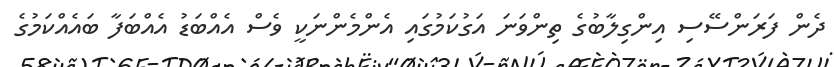
ދެން ފަރަންސޭސި އިންގިލާބުގެ ތިންވަނަ އަގުކަމުގައި އެންމެންނަކީ ވެސް އެއްބަޑު އެއްބަފާ ބައެއްކަމުގެ